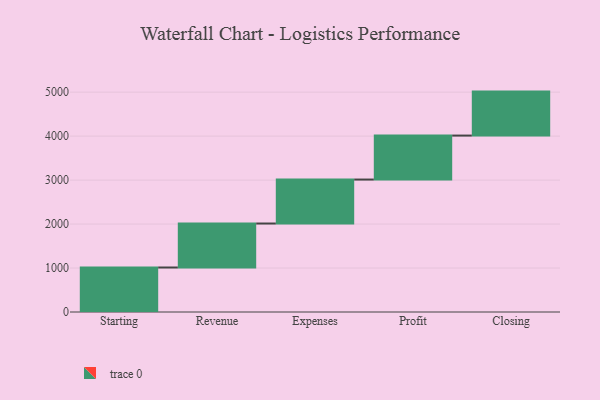
{"axis": {"x": "Step", "y": "Value"}, "legend": [""], "data": [{"x": "Starting", "y": 1012.0, "type": ""}, {"x": "Revenue", "y": 1000, "type": ""}, {"x": "Expenses", "y": 1000, "type": ""}, {"x": "Profit", "y": 1000, "type": ""}, {"x": "Closing", "y": 1000, "type": ""}]}